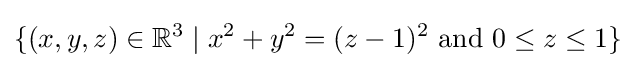
\{(x,y,z)\in \mathbb {R} ^{3}\mid x^{2}+y^{2}=(z-1)^{2}{\mbox{ and }}0\leq z\leq 1\}